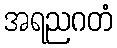
အရညဂတံ